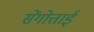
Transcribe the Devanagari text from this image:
सेंगोत्ताई